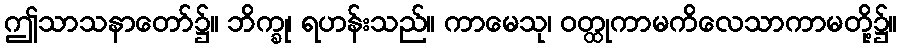
ဤသာသနာတော်၌။ ဘိက္ခု၊ ရဟန်းသည်။ ကာမေသု၊ ဝတ္ထုကာမကိလေသာကာမတို့၌။